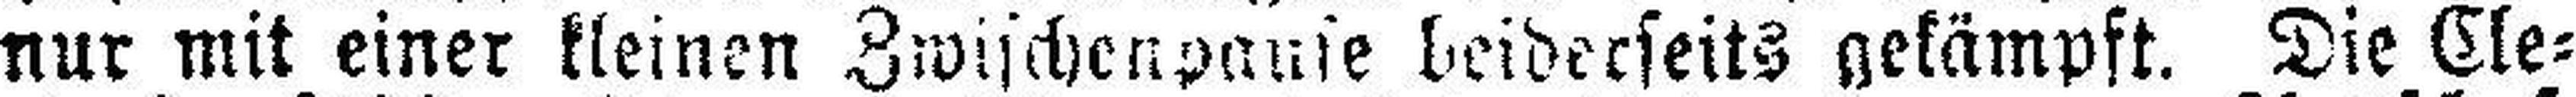
nur mit einer kleinen Zwischenpause beiderseits gekämpft. Die Cle¬